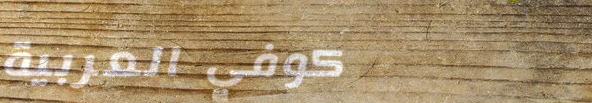
كوفي العربية